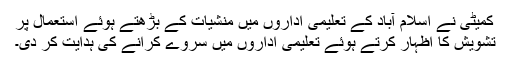
کمیٹی نے اسلام آباد کے تعلیمی اداروں میں منشیات کے بڑھتے ہوئے استعمال پر
تشویش کا اظہار کرتے ہوئے تعلیمی اداروں میں سروے کرانے کی ہدایت کر دی۔